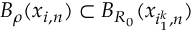
B _ { \rho } ( x _ { i , n } ) \subset B _ { R _ { 0 } } ( x _ { i _ { 1 } ^ { k } , n } )